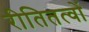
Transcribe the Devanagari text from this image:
रीतितत्वों